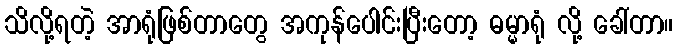
သိလို့ရတဲ့ အာရုံဖြစ်တာတွေ အကုန်ပေါင်းပြီးတော့ ဓမ္မာရုံ လို့ ခေါ်တာ။